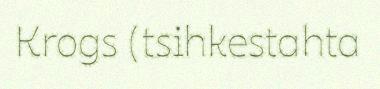
Krogs (tsihkestahta